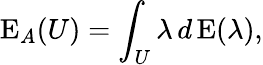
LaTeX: \operatorname{E}_{A}(U)=\int_{U}\lambda\, d\operatorname{E}(\lambda),